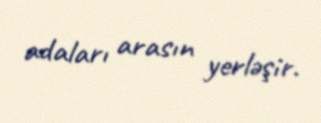
adaları arasın yerləşir.